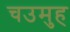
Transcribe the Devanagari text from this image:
चउमुह